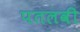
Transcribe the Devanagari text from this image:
पतलवी